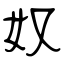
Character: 奴